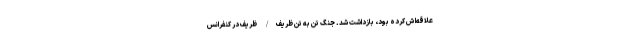
علاقه‌اش کرده بود، بازداشت شد. جنگ تن به تن ظریف/ ظریف در کنفرانس